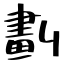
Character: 劃